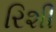
રિશી